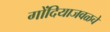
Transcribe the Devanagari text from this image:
गोंदियाजवळचे